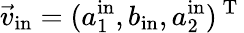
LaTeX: \vec{v}_{\mathrm{in}}=(a_{1}^{\mathrm{in}},b_{\mathrm{in}},a_{2}^{\mathrm{in}})^{\mathrm{~T~}}